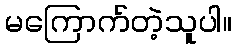
မကြောက်တဲ့သူပါ။